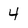
Character: 4